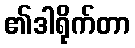
၏ဒါရိုက်တာ